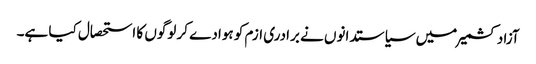
آزادکشمیر میں سیاستدانوں نے برادری ازم کو ہوادے کر لوگوں کا استحصال کیا ہے۔